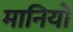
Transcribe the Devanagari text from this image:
मानियो